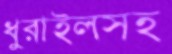
ধুরাইলসহ